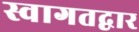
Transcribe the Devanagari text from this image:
स्वागतद्वार